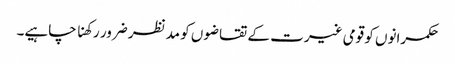
حکمرانوں کو قومی غیرت کے تقاضوں کو مدنظر ضرور رکھنا چاہیے۔